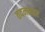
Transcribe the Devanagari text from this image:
तदननतर